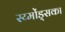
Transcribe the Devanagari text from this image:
स्य्मोंड्सका